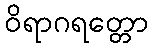
ဝိရာဂရတ္တော